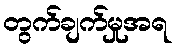
တွက်ချက်မှုအရ